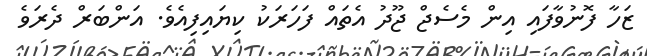
ޒަހާ ފޮނުވާފައި އިން މެސެޖް ޖޫދު އެތައް ފަހަރަކު ކިޔައިފިއެވެ. އަންބަރް ދެރަވެ